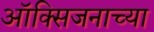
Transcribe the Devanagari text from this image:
ऑक्सिजनाच्या